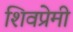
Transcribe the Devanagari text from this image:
शिवप्रेमी